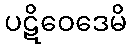
ပဋိဝေဒေမိ